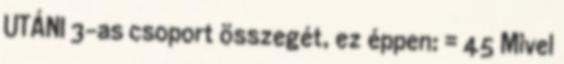
UTÁNI 3-as csoport összegét, ez éppen: = 45 Mivel